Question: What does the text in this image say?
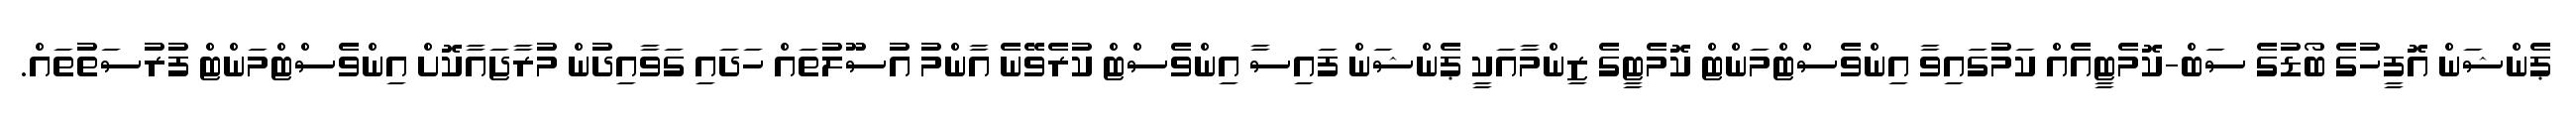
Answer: ޕެންޝަން އޮފީހުގެ ބޯޑުގެ ސަބް-ކޮމެޓީއެއް ކަމުގައިވާ އިންވެސްޓްމަންޓް ކޮމެޓީގެ ޒިންމާއަކީ ޕެންޝަން ފައިސާ އިންވެސްޓް ކުރެވޭނެ އާންމު އުސޫލުތައް ހަދައި ގަވާއިދުން މުރާޖައާކޮށް އިންވެސްޓްމަންޓް ފުރުސަތުތައް.